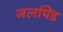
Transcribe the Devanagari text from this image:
जलपिंड